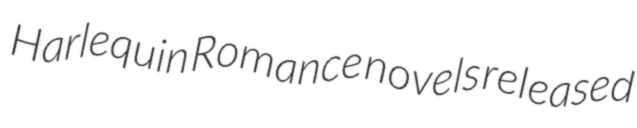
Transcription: Harlequin Romance novels released